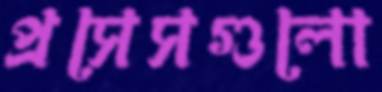
প্রসেসগুলো